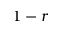
1 - r